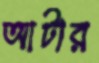
আটার